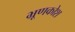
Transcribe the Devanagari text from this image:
भ्रूणकोश